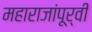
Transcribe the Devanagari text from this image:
महाराजांपूर्वी